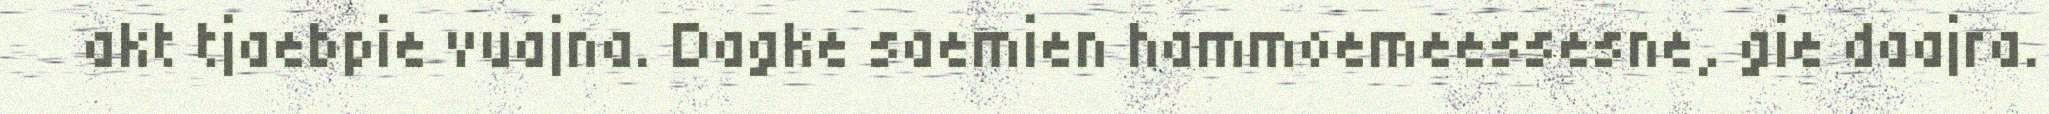
akt tjaebpie vuajna. Dagke saemien hammoemeessesne, gie daajra.